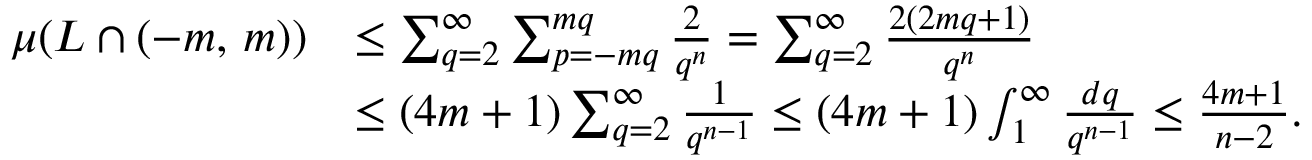
{ \begin{array} { r l } { \mu ( L \cap ( - m , \, m ) ) } & { \leq \sum _ { q = 2 } ^ { \infty } \sum _ { p = - m q } ^ { m q } { \frac { 2 } { q ^ { n } } } = \sum _ { q = 2 } ^ { \infty } { \frac { 2 ( 2 m q + 1 ) } { q ^ { n } } } } \\ & { \leq ( 4 m + 1 ) \sum _ { q = 2 } ^ { \infty } { \frac { 1 } { q ^ { n - 1 } } } \leq ( 4 m + 1 ) \int _ { 1 } ^ { \infty } { \frac { d q } { q ^ { n - 1 } } } \leq { \frac { 4 m + 1 } { n - 2 } } . } \end{array} }